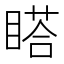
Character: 𥉌